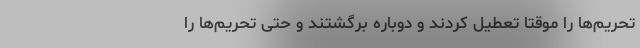
تحریم‌ها را موقتا تعطیل کردند و دوباره برگشتند و حتی تحریم‌ها را